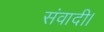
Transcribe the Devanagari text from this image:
संवादी।